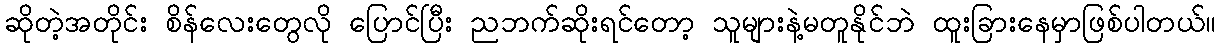
ဆိုတဲ့အတိုင်း စိန်လေးတွေလို ပြောင်ပြီး ညဘက်ဆိုးရင်တော့ သူများနဲ့မတူနိုင်ဘဲ ထူးခြားနေမှာဖြစ်ပါတယ်။